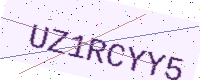
Text: UZ1RCYY5